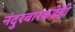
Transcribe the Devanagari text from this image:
नंदुरबारकडेही